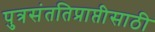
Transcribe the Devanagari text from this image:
पुत्रसंततिप्राप्तीसाठी